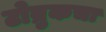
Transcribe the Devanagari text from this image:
टोब्रुकचा